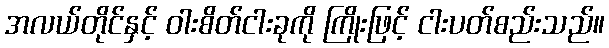
အလယ်တိုင်နှင့် ဝါးစိတ်ငါးခုကို ကြိုးဖြင့် ငါးပတ်စည်းသည်။